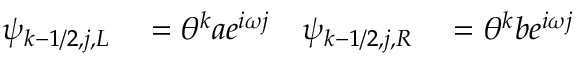
\begin{array} { r l r l } { \psi _ { k - 1 / 2 , j , L } } & { { } = \theta ^ { k } a e ^ { i \omega j } } & { \psi _ { k - 1 / 2 , j , R } } & { { } = \theta ^ { k } b e ^ { i \omega j } } \end{array}